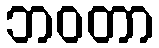
ဘဝတာ